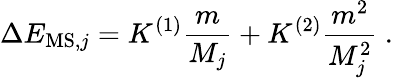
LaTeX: \Delta E_{\mathrm{MS},j}=K^{(1)}\frac{m}{M_{j}}+K^{(2)}\frac{m^{2}}{M_{j}^{2}}\ .